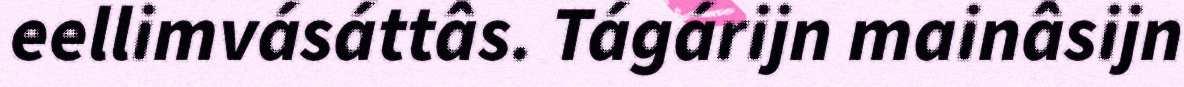
eellimvásáttâs. Tágárijn mainâsijn